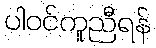
ပါဝင်ကူညီရန်